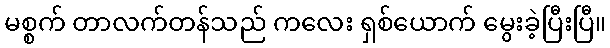
မစ္စက် တာလက်တန်သည် ကလေး ရှစ်ယောက် မွေးခဲ့ပြီးပြီ။